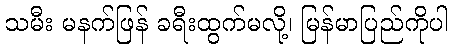
သမီး မနက်ဖြန် ခရီးထွက်မလို့၊ မြန်မာပြည်ကိုပါ